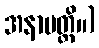
အနာပတ္တိ။)